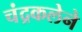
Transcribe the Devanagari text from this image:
चंद्रकलेने